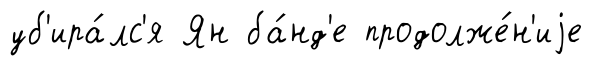
уб'ира́лс'я Ян ба́нд'е продолже́н'иjе